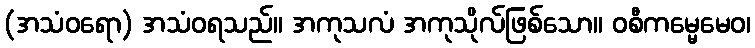
(အသံဝရော) အသံဝရသည်။ အကုသလံ အကုသိုလ်ဖြစ်သော။ ဝစီကမ္မေမေဝ၊